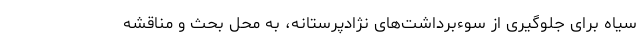
سیاه برای جلوگیری از سوءبرداشت‌های نژادپرستانه، به محل بحث و مناقشه